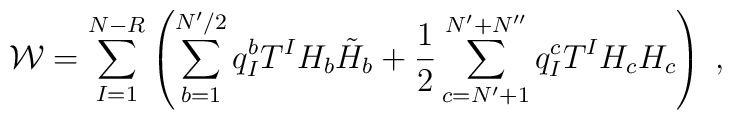
{\cal W}= \sum_{I=1}^{N-R}\left( \sum_{b=1}^{N'/2} q_I^b T^I H_b  \tilde H_b +  \frac{1}{2}\sum_{c=N'+1}^{N'+N''}q_I^c T^I H_c  H_c\right) \;,